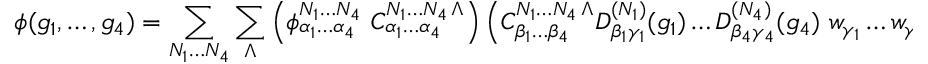
\phi ( g _ { 1 } , \ldots , g _ { 4 } ) = \sum _ { N _ { 1 } \ldots N _ { 4 } } \sum _ { \Lambda } \left( \phi _ { \alpha _ { 1 } \ldots \alpha _ { 4 } } ^ { N _ { 1 } \ldots N _ { 4 } } \ C _ { \alpha _ { 1 } \ldots \alpha _ { 4 } } ^ { N _ { 1 } \ldots N _ { 4 } \, \Lambda } \right) \left( { C } _ { \beta _ { 1 } \ldots \beta _ { 4 } } ^ { N _ { 1 } \ldots N _ { 4 } \, \Lambda } D _ { \beta _ { 1 } \gamma _ { 1 } } ^ { ( N _ { 1 } ) } ( g _ { 1 } ) \ldots D _ { \beta _ { 4 } \gamma _ { 4 } } ^ { ( N _ { 4 } ) } ( g _ { 4 } ) \ w _ { \gamma _ { 1 } } \ldots w _ { \gamma _ { 4 } } \ \right) ,